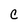
Character: C